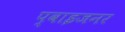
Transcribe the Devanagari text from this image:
प्वाइजनर